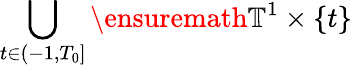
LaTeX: \bigcup_{t\in(-1,T_{0}]}\ensuremath{\mathbb{T}}^{1}\times\{ t\}